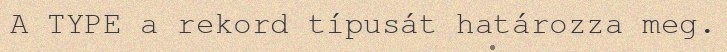
A TYPE a rekord típusát határozza meg.